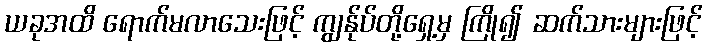
ယခုအထိ ရောက်မလာသေးဖြင့် ကျွန်ုပ်တို့ရှေ့မှ ကြို၍ ဆက်သားများဖြင့်